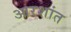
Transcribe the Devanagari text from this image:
आरशांत